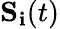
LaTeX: \mathbf{S_{i}}(t)